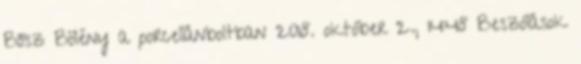
Bősz Bölény a porcellánboltban 2018. október 2., 14:48 ‎Beszólások